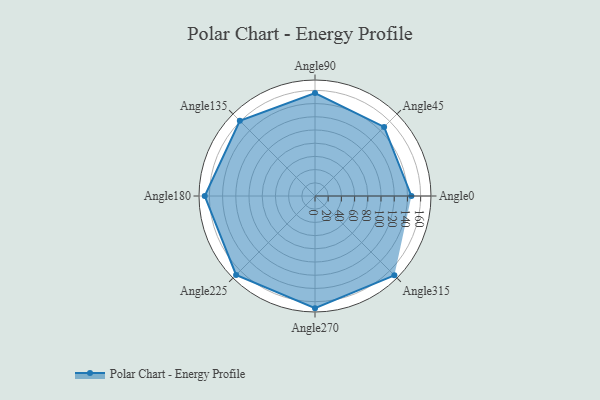
{"axis": {"x": "Angle", "y": "Radius"}, "legend": [""], "data": [{"x": "Angle0", "y": 146.0, "type": ""}, {"x": "Angle45", "y": 148.0, "type": ""}, {"x": "Angle90", "y": 156.0, "type": ""}, {"x": "Angle135", "y": 161.0, "type": ""}, {"x": "Angle180", "y": 167.0, "type": ""}, {"x": "Angle225", "y": 169.0, "type": ""}, {"x": "Angle270", "y": 170, "type": ""}, {"x": "Angle315", "y": 170, "type": ""}]}